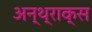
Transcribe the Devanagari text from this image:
अन्थ्राक्स